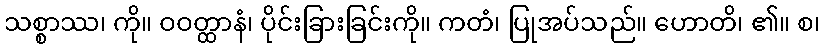
သစ္စာဿ၊ ကို။ ဝဝတ္ထာနံ၊ ပိုင်းခြားခြင်းကို။ ကတံ၊ ပြုအပ်သည်။ ဟောတိ၊ ၏။ စ၊